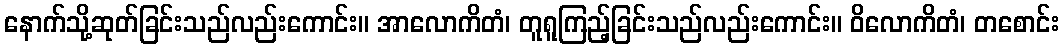
နောက်သို့ဆုတ်ခြင်းသည်လည်းကောင်း။ အာလောကိတံ၊ တူရူကြည့်ခြင်းသည်လည်းကောင်း။ ဝိလောကိတံ၊ တစောင်း